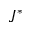
J ^ { * }